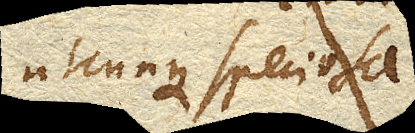
utcunque speciosa.